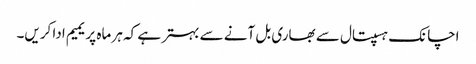
اچانک ہسپتال سے بھاری بل آنے سے بہتر ہے کہ ہر ماہ پریمیم ادا کریں۔